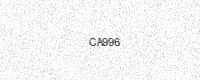
Text: CA996